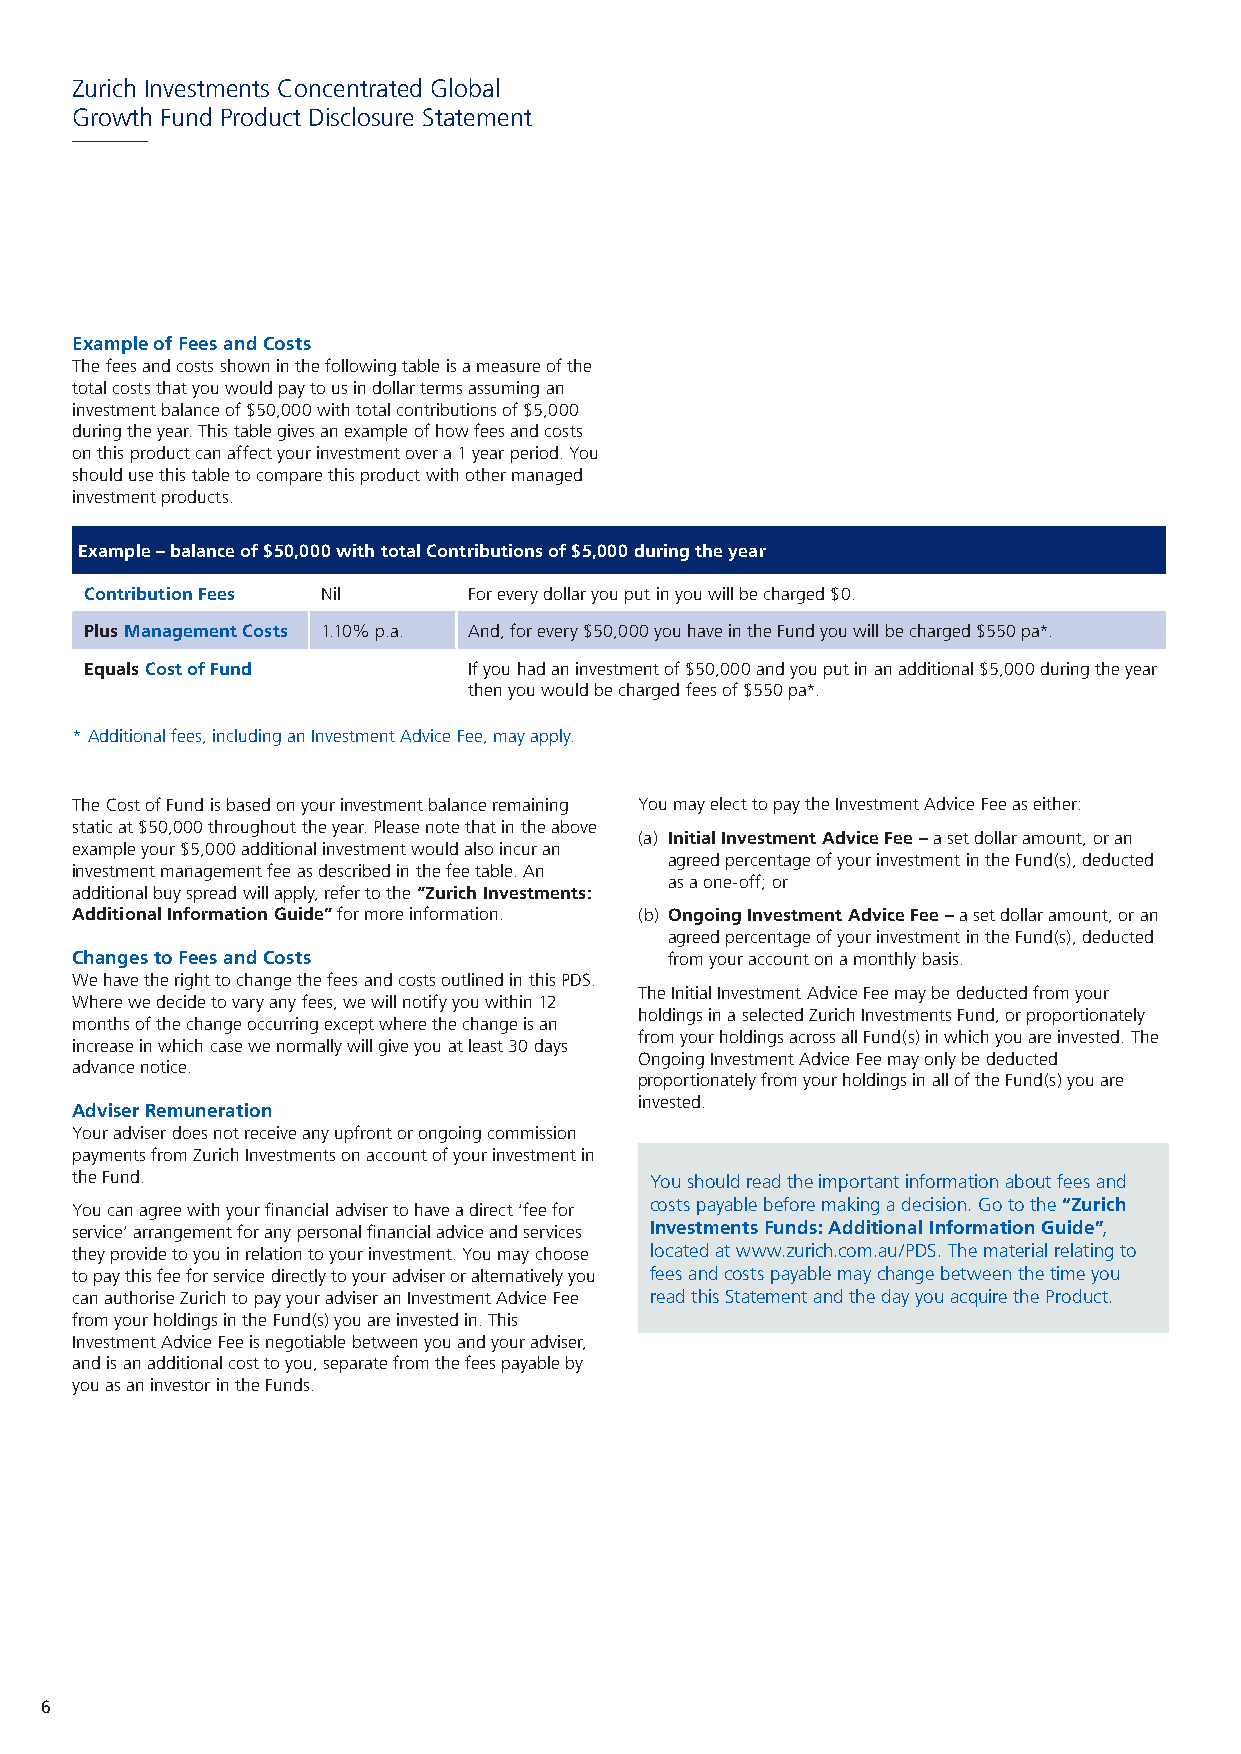
Zurich Investments Concentrated Global
 Growth Fund Product Disclosure Statement
 Example of Fees and Costs
 The fees and costs shown in the following table is a measure of the
 total costs that you would pay to us in dollar terms assuming an
 investment balance of $50,000 with total contributions of $5,000
 during the year. This table gives an example of how fees and costs
 on this product can affect your investment over a 1 year period. You
 should use this table to compare this product with other managed
 investment products.
 Example – balance of $50,000 with total Contributions of $5,000 during the year
 Contribution Fees Nil    For every dollar you put in you will be charged $0.
 Plus Management Costs 1.10% p.a. And, for every $50,000 you have in the Fund you will be charged $550 pa*.
 Equals Cost of Fund      If you had an investment of $50,000 and you put in an additional $5,000 during the year
 then you would be charged fees of $550 pa*.
 * Additional fees, including an Investment Advice Fee, may apply.
 The Cost of Fund is based on your investment balance remaining You may elect to pay the Investment Advice Fee as either:
 static at $50,000 throughout the year. Please note that in the above
 (a) Initial Investment Advice Fee – a set dollar amount, or an
 example your $5,000 additional investment would also incur an
 agreed percentage of your investment in the Fund(s), deducted
 investment management fee as described in the fee table. An
 as a one-off; or
 additional buy spread will apply, refer to the “Zurich Investments:
 Additional Information Guide” for more information. (b) Ongoing Investment Advice Fee – a set dollar amount, or an
 agreed percentage of your investment in the Fund(s), deducted
 Changes to Fees and Costs              from your account on a monthly basis.
 We have the right to change the fees and costs outlined in this PDS.
 The Initial Investment Advice Fee may be deducted from your
 Where we decide to vary any fees, we will notify you within 12
 holdings in a selected Zurich Investments Fund, or proportionately
 months of the change occurring except where the change is an
 from your holdings across all Fund(s) in which you are invested. The
 increase in which case we normally will give you at least 30 days
 Ongoing Investment Advice Fee may only be deducted
 advance notice.
 proportionately from your holdings in all of the Fund(s) you are
 invested.
 Adviser Remuneration
 Your adviser does not receive any upfront or ongoing commission
 payments from Zurich Investments on account of your investment in
 the Fund.                             You should read the important information about fees and
 You can agree with your financial adviser to have a direct ‘fee for costs payable before making a decision. Go to the “Zurich
 service’ arrangement for any personal financial advice and services Investments Funds: Additional Information Guide”,
 they provide to you in relation to your investment. You may choose located at www.zurich.com.au/PDS. The material relating to
 to pay this fee for service directly to your adviser or alternatively you fees and costs payable may change between the time you
 can authorise Zurich to pay your adviser an Investment Advice Fee read this Statement and the day you acquire the Product.
 from your holdings in the Fund(s) you are invested in. This
 Investment Advice Fee is negotiable between you and your adviser,
 and is an additional cost to you, separate from the fees payable by
 you as an investor in the Funds.
 6